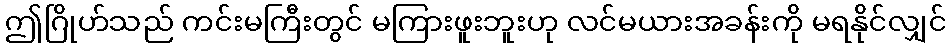
ဤဂြိုဟ်သည် ကင်းမကြီးတွင် မကြားဖူးဘူးဟု လင်မယားအခန်းကို မရနိုင်လျှင်